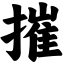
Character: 摧